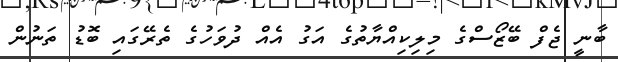
ބާނީ ޖެފް ބޭޒޯސްގެ މިލިކިއްޔާތުގެ އަގު އެއް ދުވަހުގެ ތެރޭގައި ބޮޑު ތަނުން